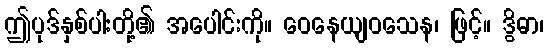
ဤပုဒ်နှစ်ပါးတို့၏ အပေါင်းကို။ ဝေနေယျဝသေန၊ ဖြင့်။ ဒွိဓာ၊